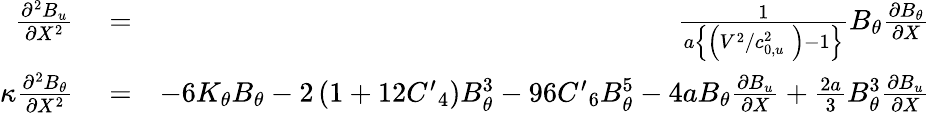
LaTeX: \begin{array}{rlr}{\frac{{{\partial}^{2}}{{B}_{u}}}{\partial{{X}^{2}}}}&{{}=}&{\frac{1}{a\left\{ \left({{{V}^{2}}}/{c_{0,u}^{2}}\; \right)-1\right\} }{{B}_{\theta}}\frac{\partial{{B}_{\theta}}}{\partial X}}\\ {\kappa\frac{{{\partial}^{2}}{{B}_{\theta}}}{\partial{{X}^{2}}}}&{{}=}&{-6{{K}_{\theta}}{{B}_{\theta}}-2\left(1+12{{{{C}^{\prime}}}_{4}}\right)B_{\theta}^{3}-96{{{C}^{\prime}}_{6}}B_{\theta}^{5}-4a{{B}_{\theta}}\frac{\partial{{B}_{u}}}{\partial X}+\frac{2a}{3}B_{\theta}^{3}\frac{\partial{{B}_{u}}}{\partial X}}\end{array}